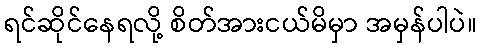
ရင်ဆိုင်နေရလို့ စိတ်အားငယ်မိမှာ အမှန်ပါပဲ။